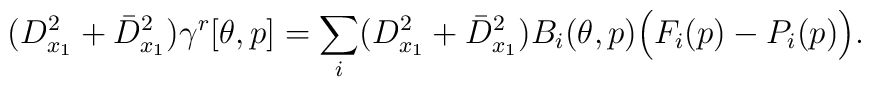
(D^2_{x_1} + \bar D^2_{x_1}) \gamma^r[\theta,p]= \sum\limits_i (D^2_{x_1} + \bar D^2_{x_1})B_i(\theta,p) \Big(F_i(p)-P_i(p)\Big).